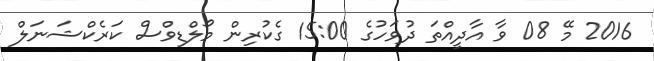
2016 މޭ 08 ވާ އާދީއްތަ ދުވަހުގެ 15:00 ގެކުރިން މޯލްޑިވްސް ކަރެކްޝަނަލް